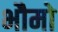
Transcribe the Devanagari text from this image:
भौमो